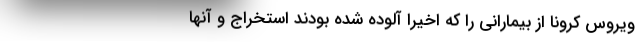
ویروس کرونا از بیمارانی را که اخیرا آلوده شده بودند استخراج و آنها